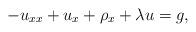
LaTeX: \begin{align*}-u_{xx}+u_x+\rho_x+\lambda u=g,\end{align*}